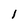
Character: I